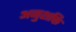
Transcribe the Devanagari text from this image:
अनुशक्ति